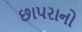
છાપરાનો